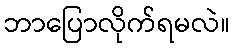
ဘာပြောလိုက်ရမလဲ။